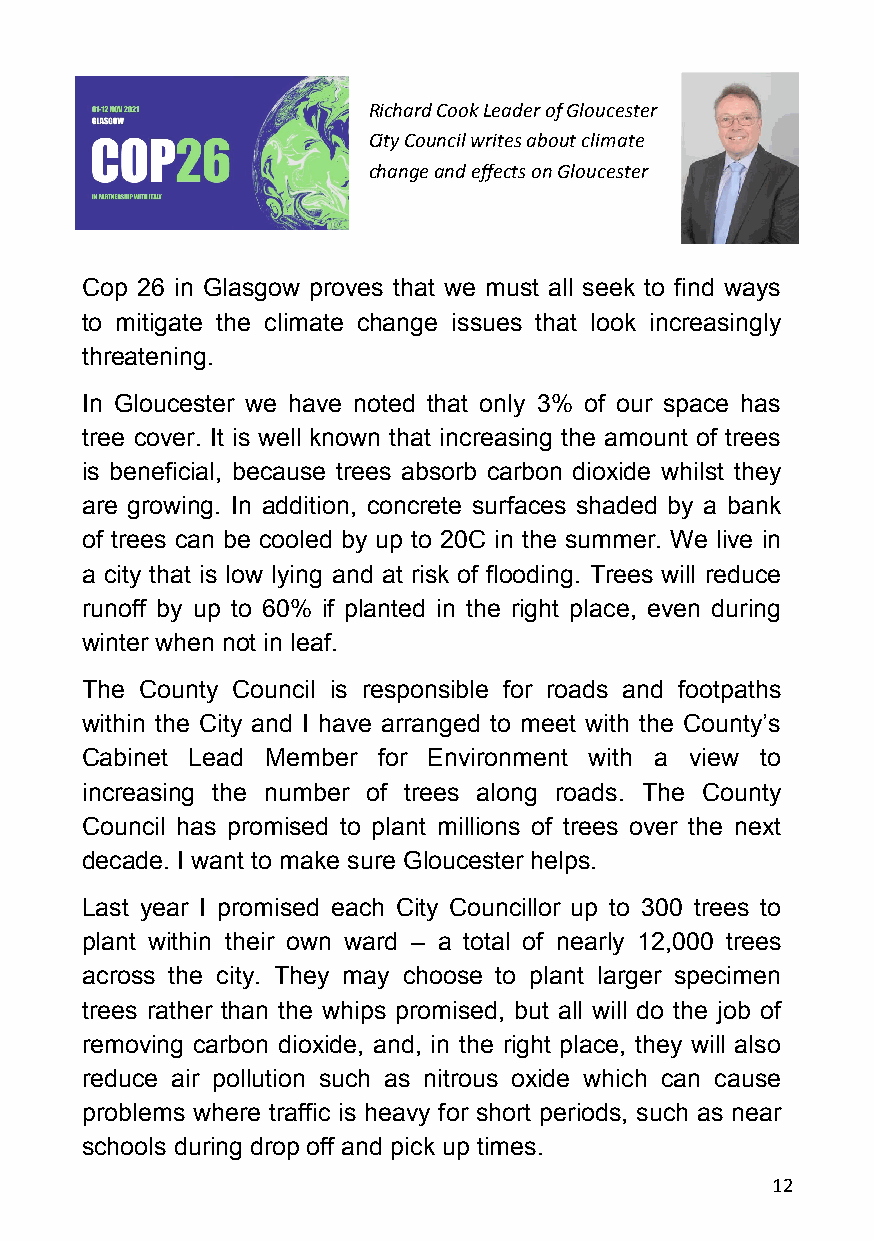
Richard Cook Leader of Gloucester
 City Council writes about climate
 change and effects on Gloucester
 Cop 26 in Glasgow proves that we must all seek to find ways
 to mitigate the climate change issues that look increasingly
 threatening.
 In Gloucester we have noted that only 3% of our space has
 tree cover. It is well known that increasing the amount of trees
 is beneficial, because trees absorb carbon dioxide whilst they
 are growing. In addition, concrete surfaces shaded by a bank
 of trees can be cooled by up to 20C in the summer. We live in
 a city that is low lying and at risk of flooding. Trees will reduce
 runoff by up to 60% if planted in the right place, even during
 winter when not in leaf.
 The County Council is responsible for roads and footpaths
 within the City and I have arranged to meet with the County’s
 Cabinet Lead Member for Environment with a view to
 increasing the number of trees along roads. The County
 Council has promised to plant millions of trees over the next
 decade. I want to make sure Gloucester helps.
 Last year I promised each City Councillor up to 300 trees to
 plant within their own ward – a total of nearly 12,000 trees
 across the city. They may choose to plant larger specimen
 trees rather than the whips promised, but all will do the job of
 removing carbon dioxide, and, in the right place, they will also
 reduce air pollution such as nitrous oxide which can cause
 problems where traffic is heavy for short periods, such as near
 schools during drop off and pick up times.
 12